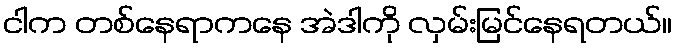
ငါက တစ်နေရာကနေ အဲဒါကို လှမ်းမြင်နေရတယ်။